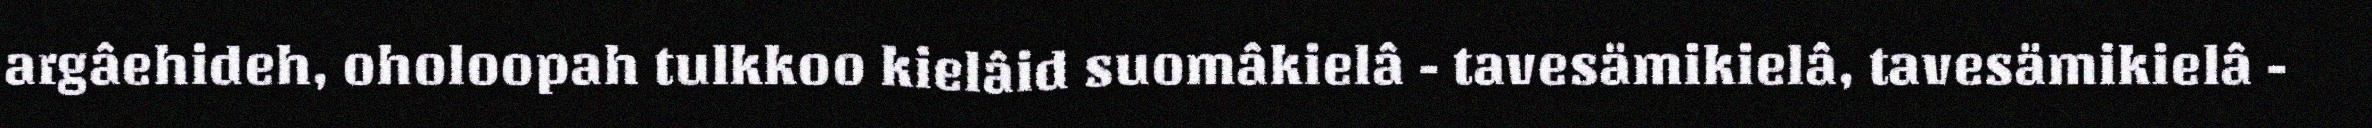
argâehideh, oholoopah tulkkoo kielâid suomâkielâ - tavesämikielâ, tavesämikielâ -